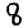
Digit: 8